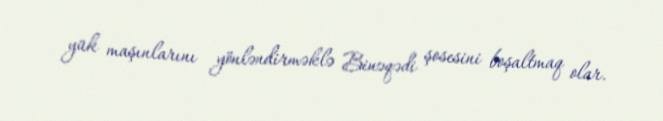
yük maşınlarını yönləndirməklə Binəqədi şosesini boşaltmaq olar.